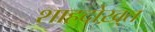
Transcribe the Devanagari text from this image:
शाहदोख़्त